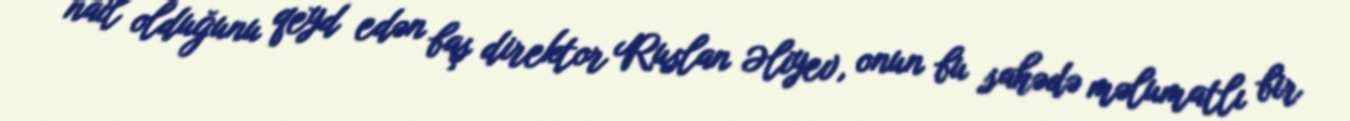
nail olduğunu qeyd edən baş direktor Ruslan Əliyev, onun bu sahədə məlumatlı bir